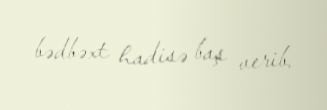
bədbəxt hadisə baş verib.